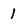
Character: 1